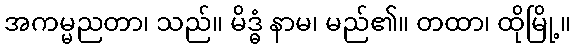
အကမ္မညတာ၊ သည်။ မိဒ္ဓံ နာမ၊ မည်၏။ တထာ၊ ထိုမြို့။